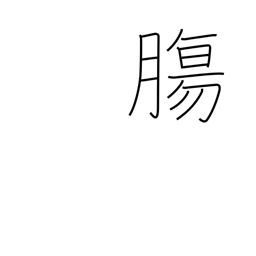
Meaning: guts